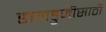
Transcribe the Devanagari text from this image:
डागडुजीसाठी